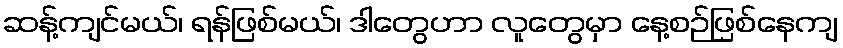
ဆန့်ကျင်မယ်၊ ရန်ဖြစ်မယ်၊ ဒါတွေဟာ လူတွေမှာ နေ့စဉ်ဖြစ်နေကျ